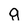
Character: g